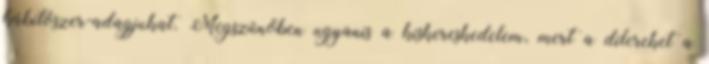
kábítószer-adagjukat. Megszűnőben ugyanis a kiskereskedelem, mert a dílereket a